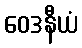
ဝေဒနီယံ